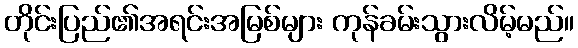
တိုင်းပြည်၏အရင်းအမြစ်များ ကုန်ခမ်းသွားလိမ့်မည်။